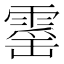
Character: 𮦡